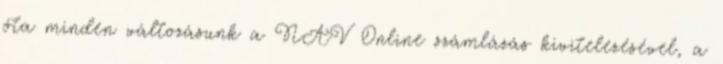
óta minden változásunk a NAV Online számlázás kivitelezésével, a